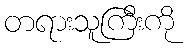
တရားသူကြီးကို